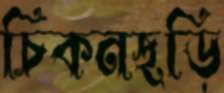
চিকনছড়ি